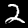
Digit: 2